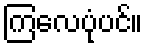
ကြလေပုံပင်။